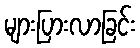
များပြားလာခြင်း